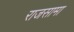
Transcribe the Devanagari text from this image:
राजसामा